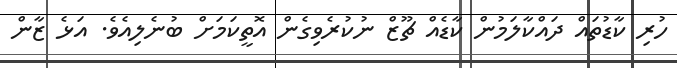
ހުރި ކާޑުތައް ދައްކާލަމުން ކާޑެއް ޗޫޒް ނުކުރެވިގެން އޮތީކަމަށް ބުނެލިއެވެ. އަޅެ ޒާން